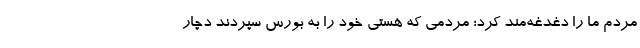
مردم ما را دغدغه‌مند کرد؛ مردمی که هستی خود را به بورس سپردند دچار